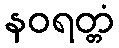
နဝရတ္တံ